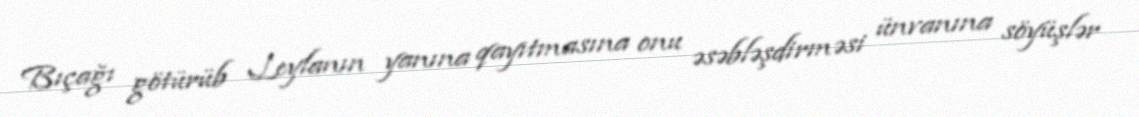
Bıçağı götürüb Leylanın yanına qayıtmasına onu əsəbləşdirməsi ünvanına söyüşlər